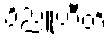
ဝိညူဟီတိ